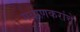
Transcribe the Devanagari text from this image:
गवाणकरांचे